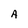
Character: A